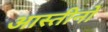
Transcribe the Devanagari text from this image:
आस्तीनों